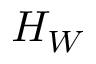
H _ { W }